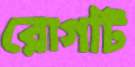
রোগটি